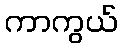
ကာကွယ်